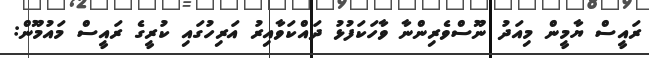
ރައީސް ޔާމީން މިއަދު ނޫސްވެރިންނާ ވާހަކަފުޅު ދައްކަވާއިރު އަރިހުގައި ކުރީގެ ރައީސް މައުމޫން: